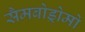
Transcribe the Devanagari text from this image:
सैमबोड्रोमो